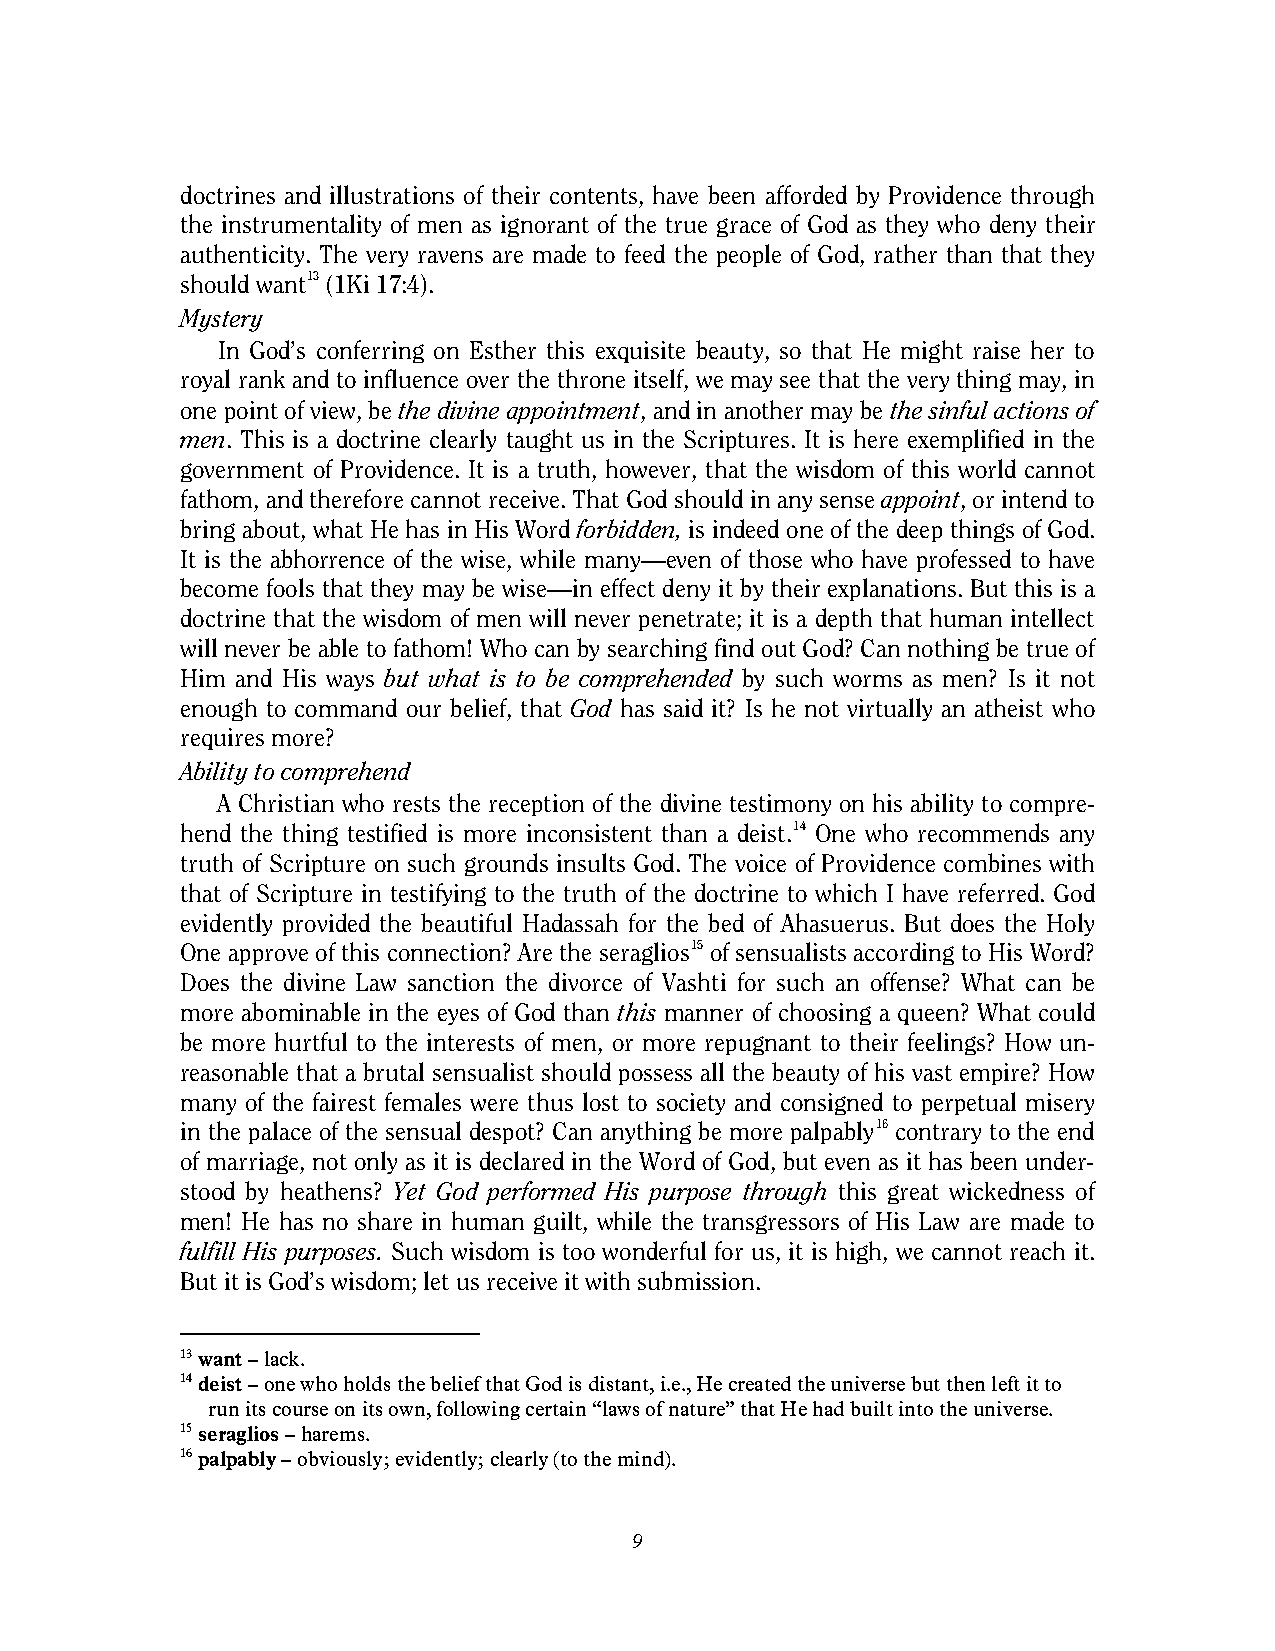
doctrines and illustrations of their contents, have been afforded by Providence through
 the instrumentality of men as ignorant of the true grace of God as they who deny their
 authenticity. The very ravens are made to feed the people of God, rather than that they
 should want13 (1Ki 17:4).
 Mystery
 In God’s conferring on Esther this exquisite beauty, so that He might raise her to
 royal rank and to influence over the throne itself, we may see that the very thing may, in
 one point of view, be the divine appointment, and in another may be the sinful actions of
 men. This is a doctrine clearly taught us in the Scriptures. It is here exemplified in the
 government of Providence. It is a truth, however, that the wisdom of this world cannot
 fathom, and therefore cannot receive. That God should in any sense appoint, or intend to
 bring about, what He has in His Word forbidden, is indeed one of the deep things of God.
 It is the abhorrence of the wise, while many—even of those who have professed to have
 become fools that they may be wise—in effect deny it by their explanations. But this is a
 doctrine that the wisdom of men will never penetrate; it is a depth that human intellect
 will never be able to fathom! Who can by searching find out God? Can nothing be true of
 Him and His ways but what is to be comprehended by such worms as men? Is it not
 enough to command our belief, that God has said it? Is he not virtually an atheist who
 requires more?
 Ability to comprehend
 A Christian who rests the reception of the divine testimony on his ability to compre-
 hend the thing testified is more inconsistent than a deist.14 One who recommends any
 truth of Scripture on such grounds insults God. The voice of Providence combines with
 that of Scripture in testifying to the truth of the doctrine to which I have referred. God
 evidently provided the beautiful Hadassah for the bed of Ahasuerus. But does the Holy
 One approve of this connection? Are the seraglios15 of sensualists according to His Word?
 Does the divine Law sanction the divorce of Vashti for such an offense? What can be
 more abominable in the eyes of God than this manner of choosing a queen? What could
 be more hurtful to the interests of men, or more repugnant to their feelings? How un-
 reasonable that a brutal sensualist should possess all the beauty of his vast empire? How
 many of the fairest females were thus lost to society and consigned to perpetual misery
 in the palace of the sensual despot? Can anything be more palpably16 contrary to the end
 of marriage, not only as it is declared in the Word of God, but even as it has been under-
 stood by heathens? Yet God performed His purpose through this great wickedness of
 men! He has no share in human guilt, while the transgressors of His Law are made to
 fulfill His purposes. Such wisdom is too wonderful for us, it is high, we cannot reach it.
 But it is God’s wisdom; let us receive it with submission.
 13 want – lack.
 14 deist – one who holds the belief that God is distant, i.e., He created the universe but then left it to
 run its course on its own, following certain “laws of nature” that He had built into the universe.
 15 seraglios – harems.
 16 palpably – obviously; evidently; clearly (to the mind).
 9